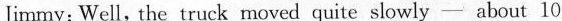
Jimmy: Well, the truck moved quite slowly — about 10